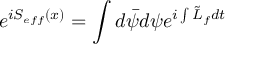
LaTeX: e ^ { i S _ { e f f } ( x ) } = \int d \bar { \psi } d \psi e ^ { i \int \tilde { L } _ { f } d t }